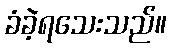
ခံခဲ့ရသေးသည်။